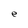
Character: e